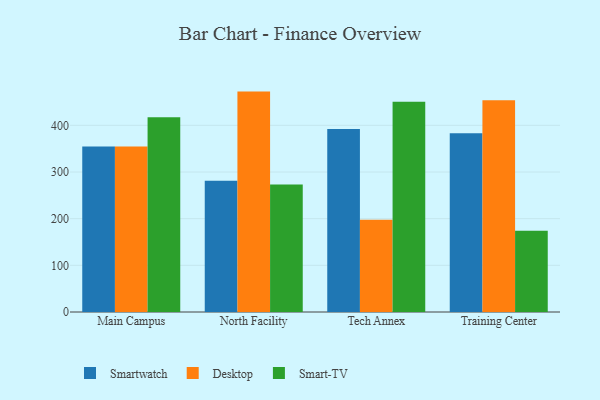
{"axis": {"x": "Campus", "y": "Bounce Rate (%)"}, "legend": ["Desktop", "Smart-TV", "Smartwatch"], "data": [{"x": "Main Campus", "y": 354.5, "type": "Smartwatch"}, {"x": "Main Campus", "y": 354.7, "type": "Desktop"}, {"x": "Main Campus", "y": 417.1, "type": "Smart-TV"}, {"x": "North Facility", "y": 281.5, "type": "Smartwatch"}, {"x": "North Facility", "y": 472.3, "type": "Desktop"}, {"x": "North Facility", "y": 273.2, "type": "Smart-TV"}, {"x": "Tech Annex", "y": 392.2, "type": "Smartwatch"}, {"x": "Tech Annex", "y": 197.9, "type": "Desktop"}, {"x": "Tech Annex", "y": 450.4, "type": "Smart-TV"}, {"x": "Training Center", "y": 383.1, "type": "Smartwatch"}, {"x": "Training Center", "y": 453.6, "type": "Desktop"}, {"x": "Training Center", "y": 173.9, "type": "Smart-TV"}]}